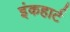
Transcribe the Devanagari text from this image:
इंकहार्ट